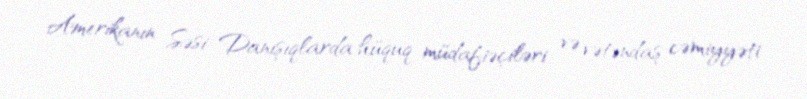
Amerikanın Səsi: Danışıqlarda hüquq müdafiəçiləri və vətəndaş cəmiyyəti